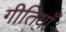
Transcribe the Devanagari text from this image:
गीतियाँ